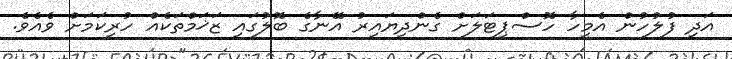
އަދި ފުލުހުން އެމީހާ ހޮސްޕިޓަލަށް ގެންދިޔައިރު އޭނާގެ ބޮލުގައި ޒަޚަމްތަކެއް ހުރިކަމަށް ވެއެވެ.